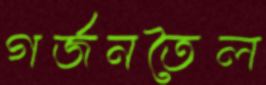
গর্জনতৈল